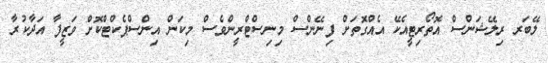
ލޭބަރ ރިލޭޝަންސް އޮތޯރިޓީއެކޭ އެއްގޮތަށް ފިނޭންސް މިނިސްޓްރީންވެސް މިކަން އިންސްޕެކްޓްކޮށް ވަޒީފާ އަދާކުރާ